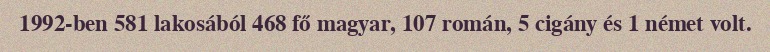
1992-ben 581 lakosából 468 fő magyar, 107 román, 5 cigány és 1 német volt.